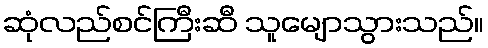
ဆုံလည်စင်ကြီးဆီ သူမျောသွားသည်။